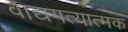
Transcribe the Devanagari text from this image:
वाद्यगत्यात्मक